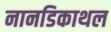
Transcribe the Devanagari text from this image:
नानडिकाथल